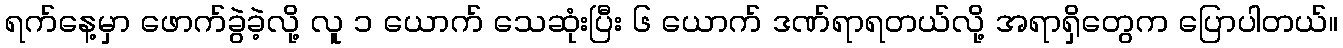
ရက်နေ့မှာ ဖောက်ခွဲခဲ့လို့ လူ ၁ ယောက် သေဆုံးပြီး ၆ ယောက် ဒဏ်ရာရတယ်လို့ အရာရှိတွေက ပြောပါတယ်။